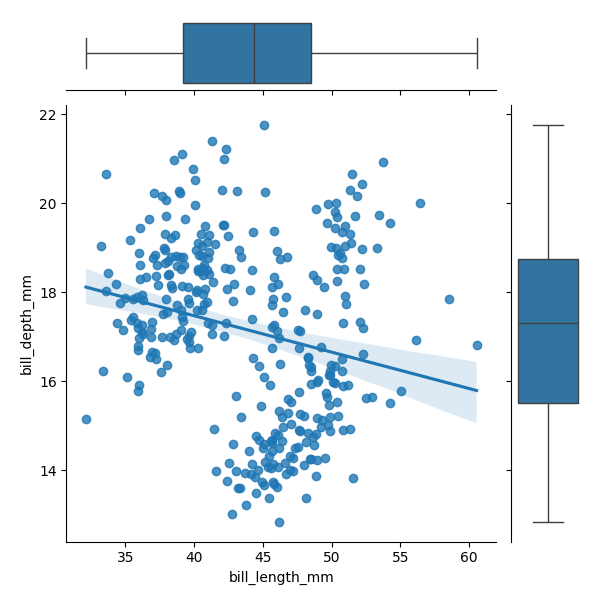
python, seaborn, JointGrid, regplot, boxplot